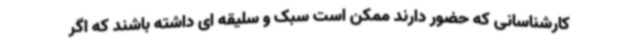
کارشناسانی که حضور دارند ممکن است سبک و سلیقه ای داشته باشند که اگر